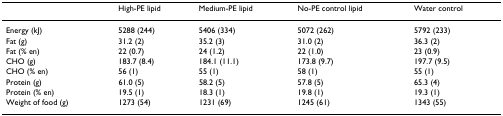
<table><thead><tr><td></td><td><b>High-PE lipid</b></td><td><b>Medium-PE lipid</b></td><td><b>No-PE control lipid</b></td><td><b>Water control</b></td></tr></thead><tbody><tr><td>Energy (kJ)</td><td>5288 (244)</td><td>5406 (334)</td><td>5072 (262)</td><td>5792 (233)</td></tr><tr><td>Fat (g)</td><td>31.2 (2)</td><td>35.2 (3)</td><td>31.0 (2)</td><td>36.3 (2)</td></tr><tr><td>Fat (% en)</td><td>22 (0.7)</td><td>24 (1.2)</td><td>22 (1.0)</td><td>23 (0.9)</td></tr><tr><td>CHO (g)</td><td>183.7 (8.4)</td><td>184.1 (11.1)</td><td>173.8 (9.7)</td><td>197.7 (9.5)</td></tr><tr><td>CHO (% en)</td><td>56 (1)</td><td>55 (1)</td><td>58 (1)</td><td>55 (1)</td></tr><tr><td>Protein (g)</td><td>61.0 (5)</td><td>58.2 (5)</td><td>57.8 (5)</td><td>65.3 (4)</td></tr><tr><td>Protein (% en)</td><td>19.5 (1)</td><td>18.3 (1)</td><td>19.8 (1)</td><td>19.3 (1)</td></tr><tr><td>Weight of food (g)</td><td>1273 (54)</td><td>1231 (69)</td><td>1245 (61)</td><td>1343 (55)</td></tr></tbody></table>